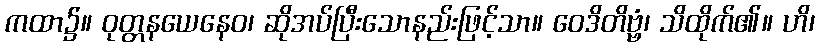
ကထာ၌။ ဝုတ္တနယေနေဝ၊ ဆိုအပ်ပြီးသောနည်းဖြင့်သာ။ ဝေဒိတိဗ္ဗံ၊ သိထိုက်၏။ ဟိ၊